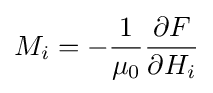
M_{i}=-{\frac {1}{\mu _{0}}}{\frac {\partial F}{\partial H_{i}}}